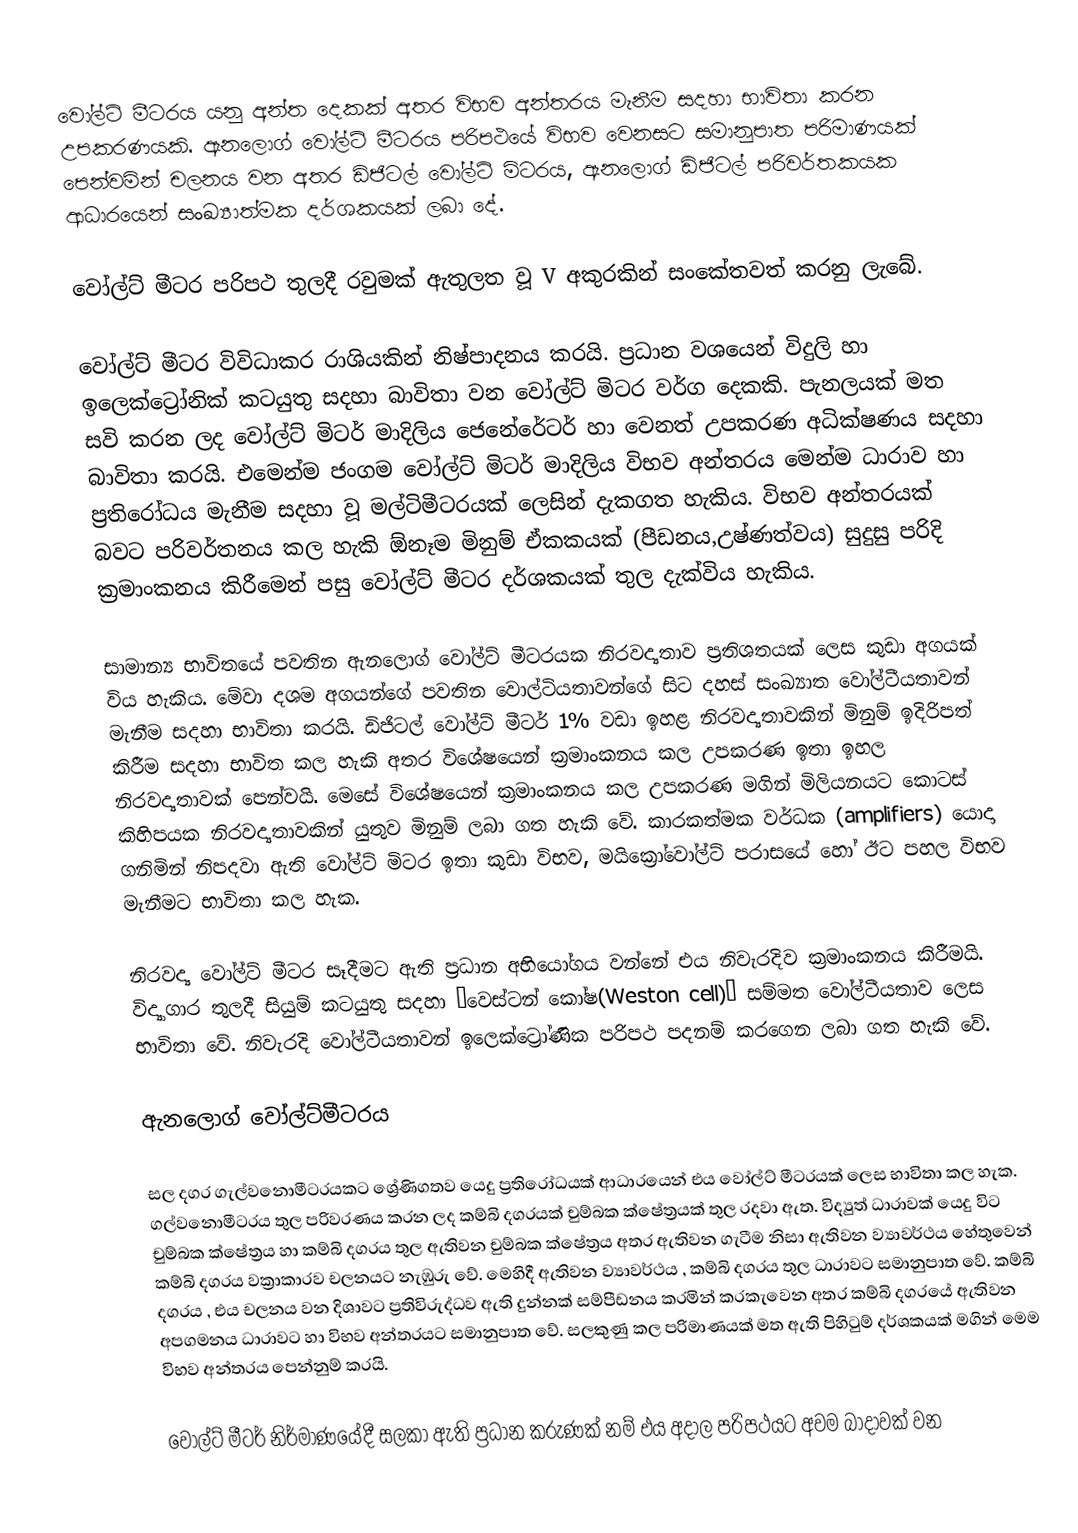
වෝල්ට් මීටරය යනු අන්ත දෙකක් අතර විභව අන්තරය මැනීම සදහා භාවිතා කරන  උපකරණයකි.  ඇනලොග් වෝල්ට් මීටරය පරිපථයේ විභව වෙනසට සමානුපාත පරිමාණයක් පෙන්වමින් චලනය වන අතර ඩිජිටල් වෝල්ට් මිටරය, ඇනලොග් ඩිජිටල් පරිවර්තකයක ආධාරයෙන් සංඛ්‍යාත්මක දර්ශකයක් ලබා දේ.

වෝල්ට් මීටර පරිපථ තුලදී රවුමක් ඇතුලත වූ V අකුරකින් සංකේතවත් කරනු ලැබේ.

වෝල්ට් මීටර විවිධාකර රාශියකින් නිෂ්පාදනය කරයි. ප්‍රධාන වශයෙන් විදුලි හා ඉලෙක්ට්‍රෝනික් කටයුතු සදහා බාවිතා වන වෝල්ට් මිටර වර්ග දෙකකි. පැනලයක් මත සවි කරන ලද වෝල්ට් මිටර් මාදිලිය ජෙනේරේටර් හා වෙනත් උපකරණ අධික්ෂණය සදහා බාවිතා කරයි. එමෙන්ම ජංගම වෝල්ට් මිටර් මාදිලිය විභව අන්තරය මෙන්ම  ධාරාව හා ප්‍රතිරෝධය මැනීම සදහා වූ මල්ටිමීටරයක් ලෙසින් දැකගත හැකිය. විභව අන්තරයක් බවට පරිවර්තනය කල හැකි ඕනෑම මිනුම් ඒකකයක් (පීඩනය,උෂ්ණත්වය) සුදුසු පරිදි ක්‍රමාංකනය කිරීමෙන් පසු වෝල්ට් මීටර දර්ශකයක් තුල දැක්විය හැකිය.

සාමාන්‍ය භාවිතයේ පවතින ඇනලොග් වෝල්ට් මීටරයක නිරවද්‍යතාව ප්‍රතිශතයක් ලෙස කුඩා අගයක් විය හැකිය.  මේවා දශම අගයන්ගේ පවතින වොල්ටියතාවන්ගේ සිට දහස් සංඛ්‍යාත වෝල්ටීයතාවන් මැනීම සදහා භාවිතා කරයි. ඩිජිටල් වෝල්ට් මීටර් 1% වඩා ඉහළ නිරවද්‍යතාවකින් මිනුම් ඉදිරිපත් කිරීම සදහා භාවිත කල හැකි අතර විශේෂයෙන් ක්‍රමාංකනය කල උපකරණ ඉතා ඉහල නිරවද්‍යතාවක් පෙන්වයි. මෙසේ  විශේෂයෙන් ක්‍රමාංකනය කල උපකරණ මගින් මිලියනයට කොටස් කිහිපයක නිරවද්‍යතාවකින් යුතුව මිනුම් ලබා ගත හැකි වේ. කාරකත්මක වර්ධක (amplifiers) යොදා ගනිමින් නිපදවා ඇති වෝල්ට් මිටර ඉතා කුඩා විභව, මයික්‍රෝවෝල්ට් පරාසයේ හෝ ඊට පහල විභව මැනීමට භාවිතා කල හැක.

නිරවද්‍ය වෝල්ට් මීටර සෑදීමට ඇති ප්‍රධාන අභියෝගය වන්නේ එය නිවැරදිව ක්‍රමාංකනය කිරීමයි. විද්‍යාගාර තුලදී සියුම් කටයුතු සදහා “වෙස්ටන් කෝෂ(Weston cell)” සම්මත වෝල්ටීයතාව ලෙස භාවිතා වේ. නිවැරදි වෝල්ටීයතාවන් ඉලෙක්ට්‍රෝණික පරිපථ පදනම් කරගෙන ලබා ගත හැකි වේ.

ඇනලොග්  වෝල්ට්මීටරය

සල දගර ගැල්වනොමීටරයකට ශ්‍රේණිගතව යෙදු ප්‍රතිරෝධයක් ආධාරයෙන් එය  වෝල්ට් මීටරයක් ලෙස භාවිතා කල හැක. ගල්වනොමීටරය තුල පරිවරණය කරන ලද කම්බි දගරයක් චුම්බක ක්ෂේත්‍රයක් තුල රදවා ඇත. විද්‍යුත් ධාරාවක් යෙදු විට චුම්බක ක්ෂේත්‍රය හා කම්බි දගරය තුල ඇතිවන චුම්බක ක්ෂේත්‍රය අතර ඇතිවන ගැටීම නිසා ඇතිවන ව්‍යාවර්ථය හේතුවෙන් කම්බි දගරය වක්‍රාකාරව චලනයට නැඹුරු  වේ. මෙහිදී ඇතිවන ව්‍යාවර්ථය , කම්බි දගරය  තුල ධාරාවට සමානුපාත වේ. කම්බි දගරය , එය චලනය වන දිශාවට ප්‍රතිවිරුද්ධව ඇති දුන්නක් සම්පීඩනය කරමින් කරකැවෙන අතර  කම්බි දගරයේ ඇතිවන අපගමනය ධාරාවට හා විභව අන්තරයට සමානුපාත වේ. සලකුණු කල පරිමාණයක් මත ඇති පිහිටුම් දර්ශකයක් මගින් මෙම විභව අන්තරය පෙන්නුම් කරයි.

වෝල්ට් මීටර් නිර්මාණයේදී සලකා ඇති ප්‍රධාන කරුණක් නම් එය අදාල පරිපථයට අවම බාදාවක් වන